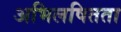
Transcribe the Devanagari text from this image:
अभिलषितता